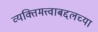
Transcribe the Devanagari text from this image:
व्यक्तिमत्त्वाबद्दलच्या